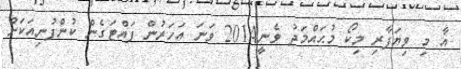
އާ މި ވިޔަފާރި މިކޯ މުޙައްމަދު ވެނީ2014 ވަނަ އަހަރުން ފައްޓަގެން ކުންފުނިއަކަށް